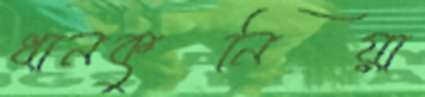
ধানকুনিয়া